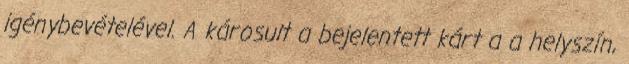
igénybevételével. A károsult a bejelentett kárt a a helyszín,